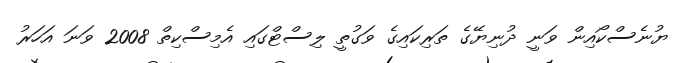
ޔުނެސްކޯއިން ވަނީ ދުނިޔޭގެ ތަރިކައިގެ ވަގުތީ ލިސްޓްގައި އެމިސްކިތް 2008 ވަނަ އަހަރު